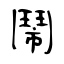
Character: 鬧